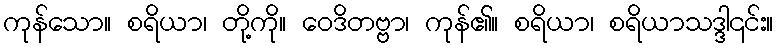
ကုန်သော။ စရိယာ၊ တို့ကို။ ဝေဒိတဗ္ဗာ၊ ကုန်၏။ စရိယာ၊ စရိယာသဒ္ဒါ၎င်း။